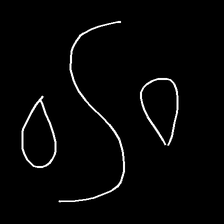
Glyph: water